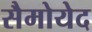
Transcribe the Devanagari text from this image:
सैमोयेद